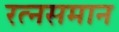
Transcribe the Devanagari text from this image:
रत्‍नसमान